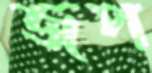
জপ